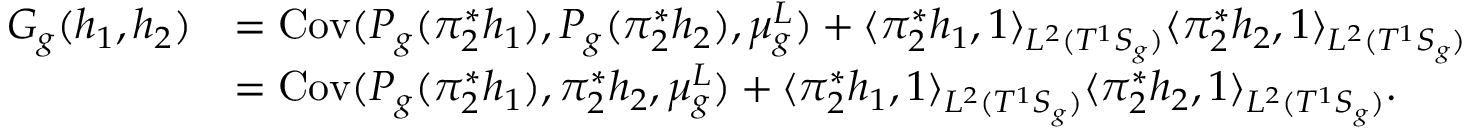
\begin{array} { r l } { G _ { g } ( h _ { 1 } , h _ { 2 } ) } & { = \mathrm { C o v } ( P _ { g } ( \pi _ { 2 } ^ { * } h _ { 1 } ) , P _ { g } ( \pi _ { 2 } ^ { * } h _ { 2 } ) , \mu _ { g } ^ { L } ) + \langle \pi _ { 2 } ^ { * } h _ { 1 } , 1 \rangle _ { L ^ { 2 } ( T ^ { 1 } S _ { g } ) } \langle \pi _ { 2 } ^ { * } h _ { 2 } , 1 \rangle _ { L ^ { 2 } ( T ^ { 1 } S _ { g } ) } } \\ & { = \mathrm { C o v } ( P _ { g } ( \pi _ { 2 } ^ { * } h _ { 1 } ) , \pi _ { 2 } ^ { * } h _ { 2 } , \mu _ { g } ^ { L } ) + \langle \pi _ { 2 } ^ { * } h _ { 1 } , 1 \rangle _ { L ^ { 2 } ( T ^ { 1 } S _ { g } ) } \langle \pi _ { 2 } ^ { * } h _ { 2 } , 1 \rangle _ { L ^ { 2 } ( T ^ { 1 } S _ { g } ) } . } \end{array}